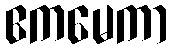
ဧကမေကာ